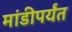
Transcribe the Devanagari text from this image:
मांडीपर्यंत